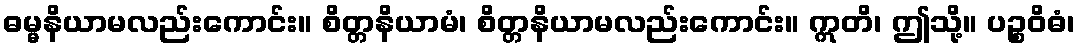
ဓမ္မနိယာမလည်းကောင်း။ စိတ္တနိယာမံ၊ စိတ္တနိယာမလည်းကောင်း။ ဣတိ၊ ဤသို့။ ပဉ္စဝိဓံ၊